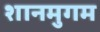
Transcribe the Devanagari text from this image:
शानमुगम